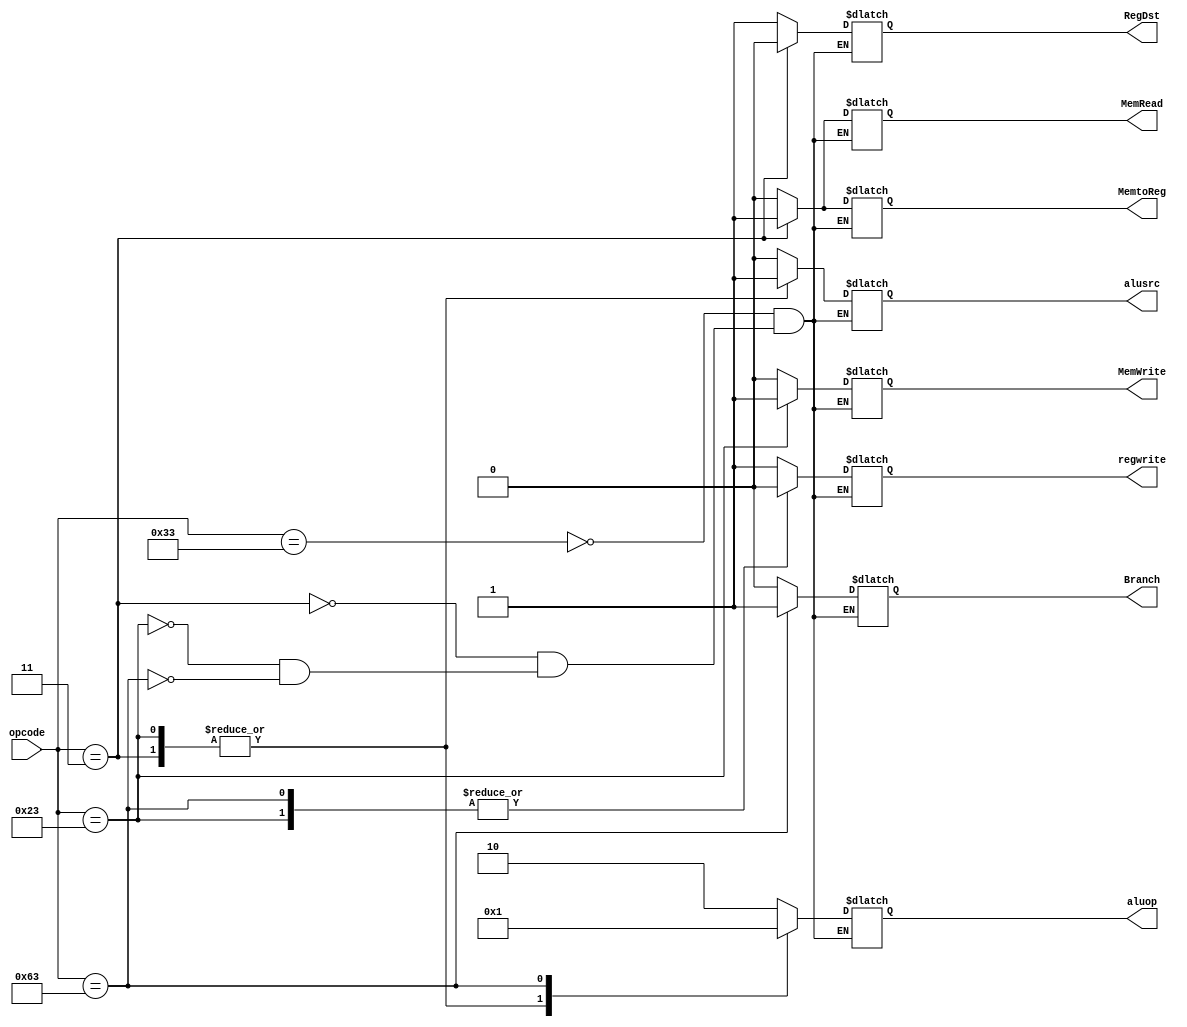
module control(
    opcode,
    Branch, 
    MemRead, 
    MemtoReg, 
    MemWrite, 
    alusrc, 
    regwrite, 
    aluop,
    RegDst
);
    input wire [6:0] opcode;
    output reg Branch; 
    output reg MemRead; 
    output reg MemtoReg; 
    output reg MemWrite; 
    output reg alusrc; 
    output reg regwrite; 
    output reg [1:0] aluop;
    output reg RegDst;


    parameter R_Format = 7'b0110011;
    parameter LD = 7'b0000011;
    parameter SD = 7'b0100011;
    parameter BEQ = 7'b1100011;

    always @(*) 
    begin
        case (opcode)
            R_Format:
                begin
                    Branch = 1'b0;
                    MemRead = 1'b0;
                    MemtoReg = 1'b0;
                    MemWrite = 1'b0;
                    alusrc = 1'b0;
                    regwrite = 1'b1;
                    aluop = 2'b10;
                    RegDst = 1'b1;
                end
            LD:
                begin
                    Branch = 1'b0;
                    MemRead = 1'b1;
                    MemtoReg = 1'b1;
                    MemWrite = 1'b0;
                    alusrc = 1'b1;
                    regwrite = 1'b1;
                    aluop = 2'b00;
                    RegDst = 1'b0;
                end
            SD:
                begin
                    Branch = 1'b0;
                    MemRead = 1'b0;
                    MemtoReg = 1'bx;
                    MemWrite = 1'b1;
                    alusrc = 1'b1;
                    regwrite = 1'b0;
                    aluop = 2'b00;
                    RegDst = 1'bx;
                end
            BEQ:
                begin
                    Branch = 1'b1;
                    MemRead = 1'b0;
                    MemtoReg = 1'bx;
                    MemWrite = 1'b0;
                    alusrc = 1'b0;
                    regwrite = 1'b0;
                    aluop = 2'b01;
                    RegDst = 1'bx;
                end 
        endcase
    end
endmodule